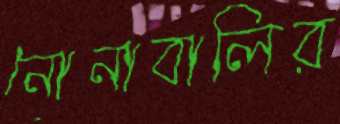
নোনাবালির